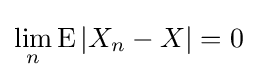
\lim _{n}\operatorname {E} |X_{n}-X|=0